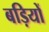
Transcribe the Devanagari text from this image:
बड़ियों